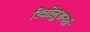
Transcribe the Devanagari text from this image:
रिवोलूशनरी